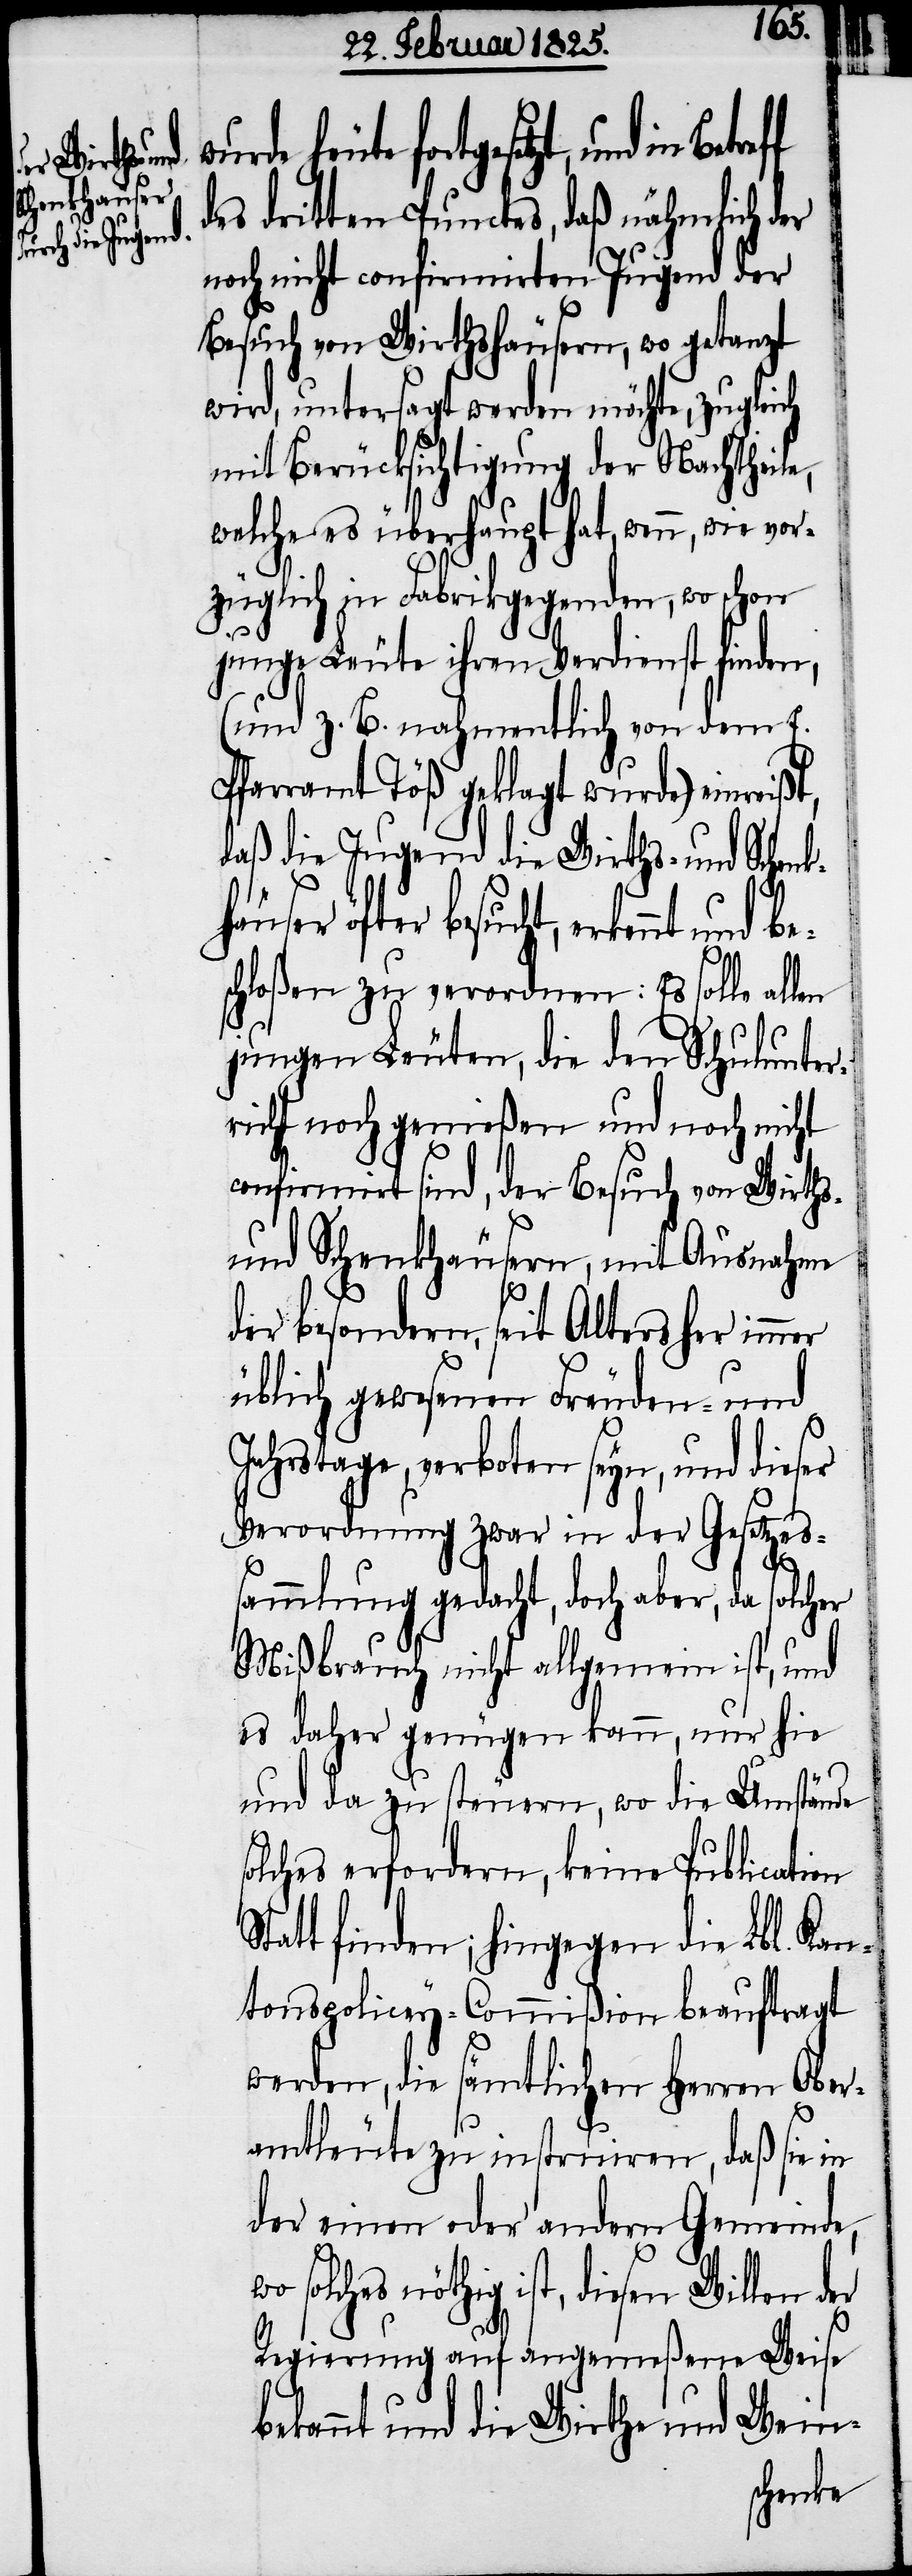
cht, erkennt und be¬
des dritten Punctes, daß nähmlich der
noch nicht confirmirten Jugend der
Besuch von Wirthshäusern, wo getanzt
wird, untersagt werden möchte, zugleich
mit Berücksichtigung der Nachtheil¬
welche es überhaupt hat, wenn, wie vo¬
rzüglich in Fabrikgegenden, wo schon
junge Leute ihren Verdienst finden,
(und z. B. nahmentlich von dem E.
Pfarramt Töß geklagt wurde) einreißt,
daß die Jugend die Wirths- und Schenkh¬
schloßen zu verordnen: Es solle allen
jungen Leuten, die den Schulunter¬
richt noch genießen und noch nicht
confirmirt sind, der Besuch von Wirths-
und Schenkhäusern, mit Ausnahme
der besondern, seit Alters her immer
üblich gewesenen Freuden- und
Jahrstage, verboten seyn, und dieser
Verordnung zwar in der Gesetzes¬
sammlung gedacht, doch aber, da solcher
Mißbrauch nicht allgemein ist, und
es daher genügen kann, nur hie
und da zu steuern, wo die Umstände
solches erfordern, keine Publication
Statt finden; hingegen die Lbl. Kan¬
tonspolicey-Commißion beauftragt
werden, die sämtlichen Herren Ober¬
amtleute zu instruiren, daß sie in
der einen oder andern Gemeinde,
nöthig ist, diesen Willen d¬
Regierung auf angemeßene Weise
er
bekannt und die Wirthe und Wein-